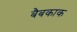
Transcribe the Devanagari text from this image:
बैबकाक